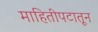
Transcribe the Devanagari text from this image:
माहितीपटातून